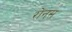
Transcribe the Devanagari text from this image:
रोनस